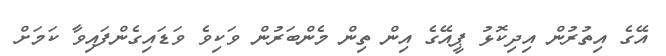
އޭގެ އިތުރުން އިދިކޮޅު ޕީއޭގެ އިން ތިން މެންބަރުން ވަކިވެ ވަޑައިގެންފައިވާ ކަމަށް